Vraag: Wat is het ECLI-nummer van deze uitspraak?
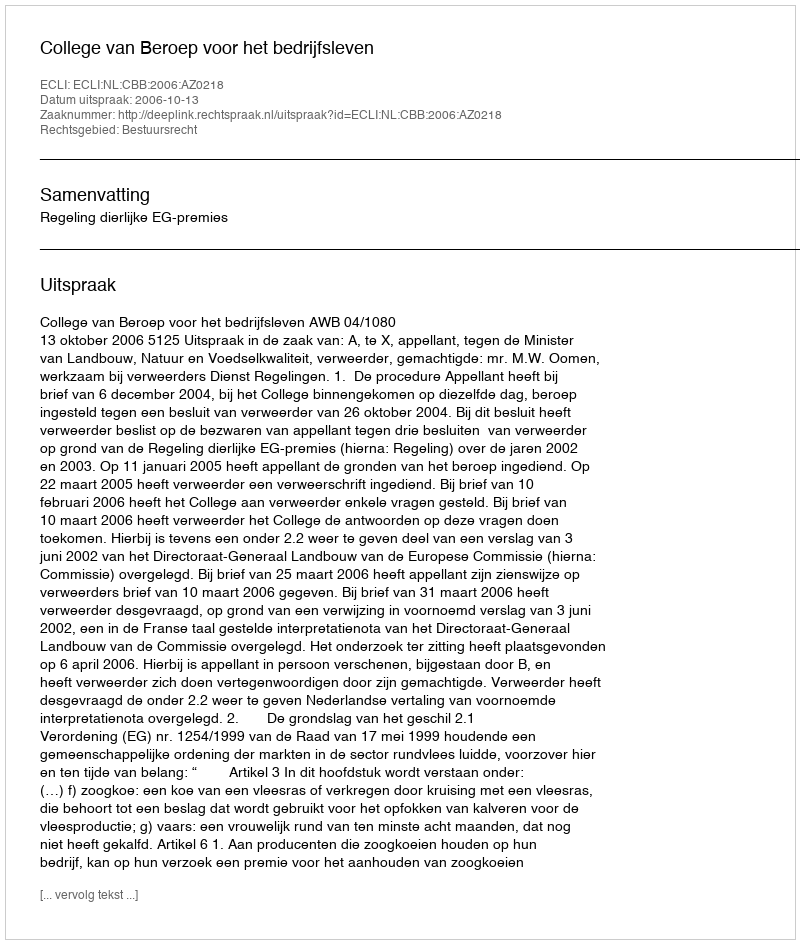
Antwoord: ECLI:NL:CBB:2006:AZ0218